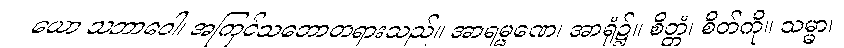
ယော သဘာဝေါ၊ အကြင်သဘောတရားသည်။ အာရမ္မဏေ၊ အာရုံ၌။ စိတ္တံ၊ စိတ်ကို။ သမ္မာ၊